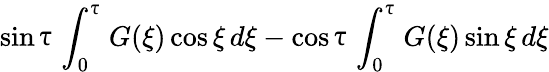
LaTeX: \sin{\uptau}\int_{0}^{\uptau}G(\xi)\cos{\xi}\, d\xi-\cos{\uptau}\int_{0}^{\uptau}G(\xi)\sin{\xi}\, d\xi